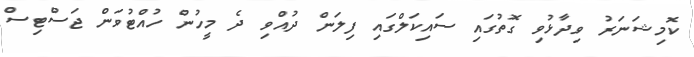
ކޮމިޝަނަރު ވިދާޅުވި ގޮތުގައި ސައިކަލްގައި ފިލަން ދުއްވި ދެ މީހުން ހުއްޓުވަން ޖަސްޓިސް